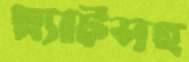
প্ল্যাটসহ